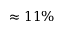
\approx 1 1 \%